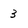
Character: 3